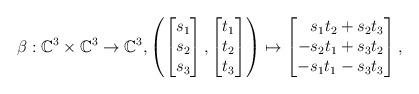
LaTeX: \begin{align*}\beta: \mathbb{C}^3\times \mathbb{C}^3 \to \mathbb{C}^3, \left(\begin{bmatrix}s_1\\s_2\\s_3\end{bmatrix},\begin{bmatrix}t_1\\t_2\\t_3\end{bmatrix}\right)\mapsto\begin{bmatrix*}[r]s_1t_2+s_2t_3\\-s_2t_1+s_3t_2\\-s_1t_1-s_3t_3\end{bmatrix*},\end{align*}